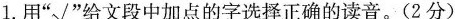
1.用”√”给文段中加点的字选择正确的读音。(2分)